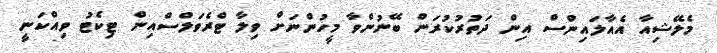
މެލޭޝިއާ އެއާލައިންސް އިން ދަތުރުކުރަން ބޭނުންވާ މީހުންނަށް ވިލާ ޓްރެވަލްސްއިން ޓިކެޓު ވިއްކަނީ